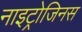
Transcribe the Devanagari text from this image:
नाइट्रोजिनस